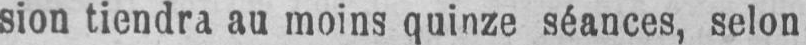
sion tiendra au moins quinze séances, selon